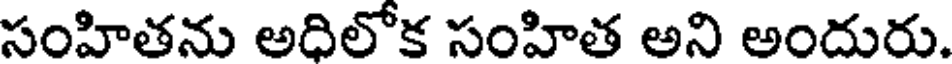
సంహితను అదిలోక సంహిత అని అందురు.